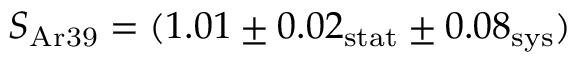
S _ { \mathrm { A r 3 9 } } = ( 1 . 0 1 \pm 0 . 0 2 _ { \mathrm { s t a t } } \pm 0 . 0 8 _ { \mathrm { s y s } } )